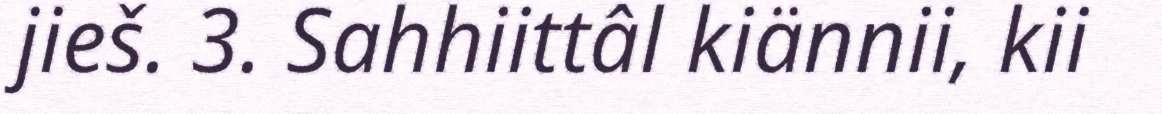
jieš. 3. Sahhiittâl kiännii, kii